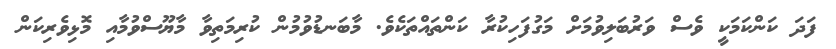
ފަދަ ކަންކަމަކީ ވެސް ވަރުބަލިވުމަށް މަގުފަހިކުރާ ކަންތައްތަކެވެ. މާބަނޑުވުމުން ކުރިމަތިވާ މާޔޫސްވުމާއި މޮޅިވެރިކަން